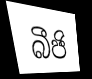
බීජි